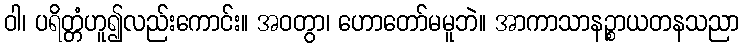
ဝါ၊ ပရိတ္တံဟူ၍လည်းကောင်း။ အဝတွာ၊ ဟောတော်မမူဘဲ။ အာကာသာနဉ္စာယတနသညာ